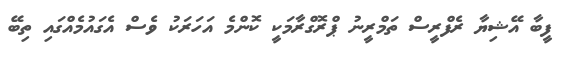
ފީބާ އޭޝިޔާ ރެފްރީސް ތަމްރީނު ޕްރޮގްރާމަކީ ކޮންމެ އަހަރަކު ވެސް އެގައުމެއްގައި ތިބޭ